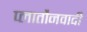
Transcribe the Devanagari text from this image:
प्लातौनवादी